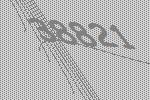
38821